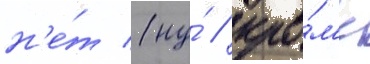
н'е́т (ну́ / кро́м'е